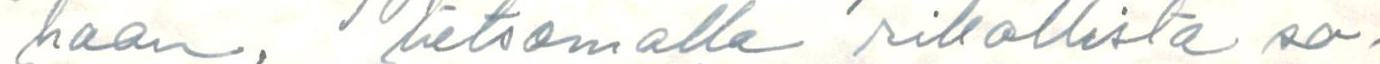
haan, lietsomalla rikollista so-